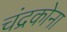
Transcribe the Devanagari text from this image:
चंद्रकोना